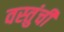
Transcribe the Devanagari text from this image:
वस्तुंची